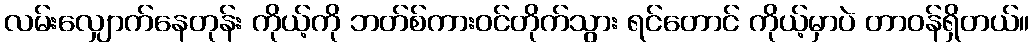
လမ်းလျှောက်နေတုန်း ကိုယ့်ကို ဘတ်စ်ကားဝင်တိုက်သွား ရင်တောင် ကိုယ့်မှာပဲ တာဝန်ရှိတယ်။